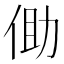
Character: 𪜾